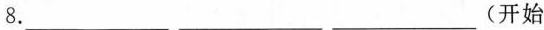
8.___ ___ ___ (开始